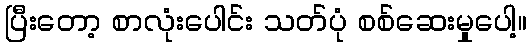
ပြီးတော့ စာလုံးပေါင်း သတ်ပုံ စစ်ဆေးမှုပေါ့။